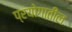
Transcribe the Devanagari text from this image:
प्रयोगातील